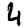
Digit: 4